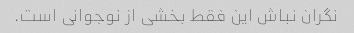
نگران نباش این فقط بخشی از نوجوانی است.